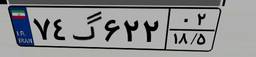
۷۴گ۶۲۲۰۲